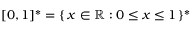
[ 0 , 1 ] ^ { \ast } = \{ \, x \in \mathbb { R } : 0 \leq x \leq 1 \, \} ^ { \ast }